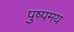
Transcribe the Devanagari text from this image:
पुष्पमय